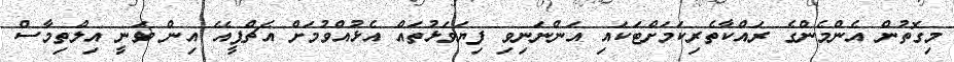
މިގޮތުން އެންމެންގެ ރައްކާތެރިކަމަށްޓަކައި އަންނަނިވި ފިޔަވަޅުތައް އެޅުއްވުމަށް އެޗްޕީއޭ އިން ވަނީ އިލްތިމާސް